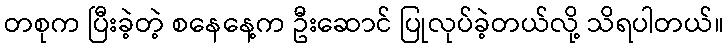
တစုက ပြီးခဲ့တဲ့ စနေနေ့က ဦးဆောင် ပြုလုပ်ခဲ့တယ်လို့ သိရပါတယ်။